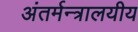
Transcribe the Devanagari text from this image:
अंतर्मन्त्रालयीय